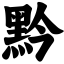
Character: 黔